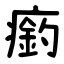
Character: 瘹